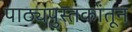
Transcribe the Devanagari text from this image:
पाठ्यपुस्तकांतून